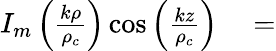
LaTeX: \begin{array}{rl}{I_{m}\left(\frac{k\rho}{\rho_{c}}\right)\cos\left(\frac{kz}{\rho_{c}}\right)}&{{}=}\end{array}